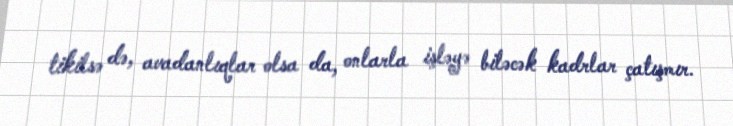
tikilsə də, avadanlıqlar olsa da, onlarla işləyə biləcək kadrlar çatışmır.